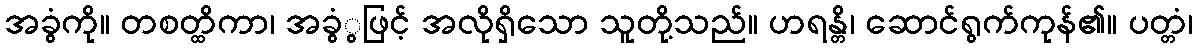
အခွံကို။ တစတ္ထိကာ၊ အခွံွဖြင့် အလိုရှိသော သူတို့သည်။ ဟရန္တိ၊ ဆောင်ရွက်ကုန်၏။ ပတ္တံ၊